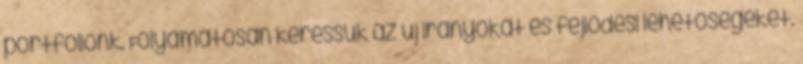
portfóliónk. Folyamatosan keressük az új irányokat és fejlődési lehetőségeket.